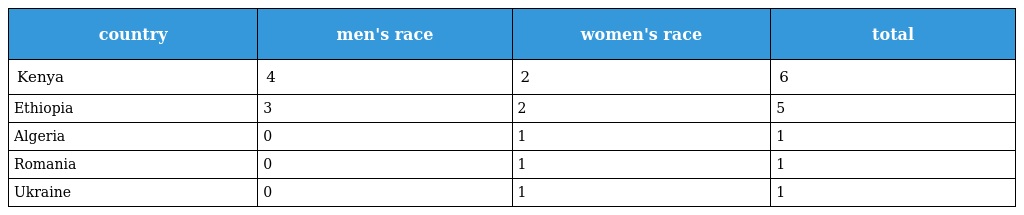
| country | men's race | women's race | total |
 | --- | --- | --- | --- |
 | Kenya | 4 | 2 | 6 |
 | Ethiopia | 3 | 2 | 5 |
 | Algeria | 0 | 1 | 1 |
 | Romania | 0 | 1 | 1 |
 | Ukraine | 0 | 1 | 1 |